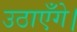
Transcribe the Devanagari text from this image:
उठाएँगे।